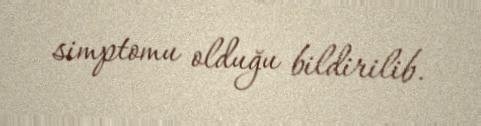
simptomu olduğu bildirilib.